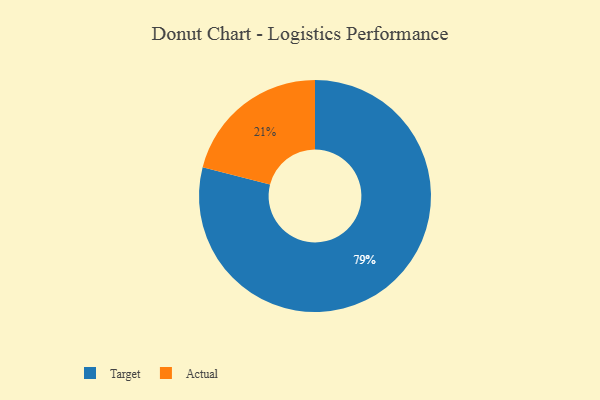
{"axis": {"x": "Category", "y": "Percentage"}, "legend": ["Actual", "Target"], "data": [{"x": "Actual", "y": 21, "type": "Actual"}, {"x": "Target", "y": 79, "type": "Target"}]}